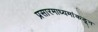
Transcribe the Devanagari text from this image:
प्रसारमाध्यमांकडून